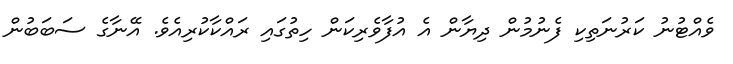
ވެއްޓުުނު ކަރުނަތިކި ފެނުމުން ދިޔާން އެ އުފާވެރިކަން ހިތުގައި ރައްކާކުރިއެވެ. އޭނާގެ ސަބަބުން